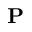
{ \bf P }